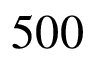
5 0 0